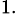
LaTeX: ^{1.}